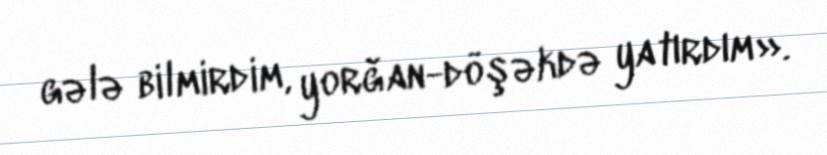
gələ bilmirdim, yorğan-döşəkdə yatırdım».